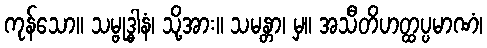
ကုန်သော။ သမ္ဗုဒ္ဓါနံ၊ သို့အား။ သမန္တာ၊ မှ။ အသီတိဟတ္ထပ္ပမာဏံ၊